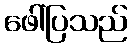
ဖေါ်ပြသည်